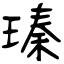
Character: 瑧